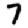
Digit: 7